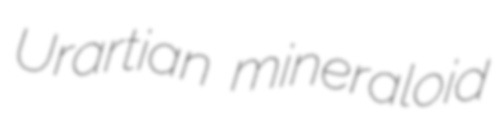
Urartian mineraloid